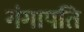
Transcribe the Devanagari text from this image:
गंगापति